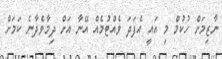
ނާޒިމަށް ހުކުމް މި އައީ އެފަދަ ވެއްޓުމެއް އޭނާ އަށް ދިމާވެދާނެ ކަމަށް